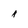
Character: A